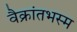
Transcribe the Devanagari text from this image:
वैक्रांतभस्म